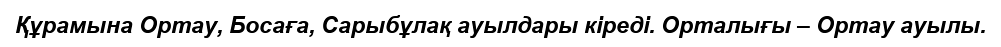
Құрамына Ортау, Босаға, Сарыбұлақ ауылдары кіреді. Орталығы – Ортау ауылы.